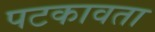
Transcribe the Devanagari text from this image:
पटकावता